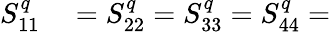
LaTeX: \begin{array}{rl}{S_{11}^{q}}&{{}=S_{22}^{q}=S_{33}^{q}=S_{44}^{q}=}\end{array}